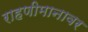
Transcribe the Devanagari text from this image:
राहणीमानावर